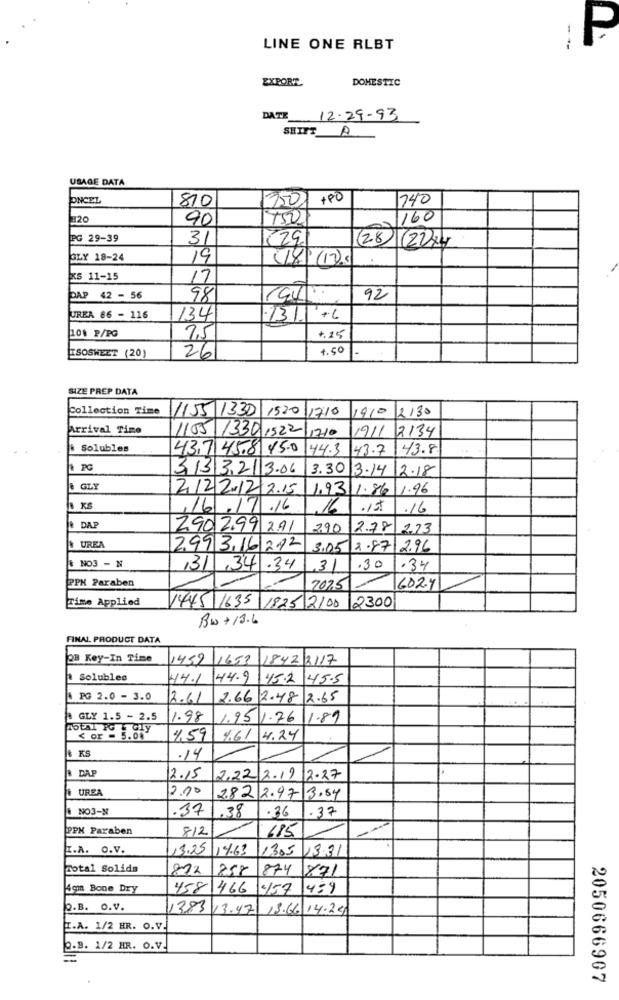
P
LINE ONE RLBT
--
EXPORT
DOMESTIC
DATE 12-29-93
SHIFT A
USAGE DATA
PINCEL
810
750
140
320
90
450
160
PG 29-39
31
(29)
(28
BLY 18-24
19
(18) (1)3
KS 11-15
17
PAP 42 - 56
98
92
UREA 66 - 116
134
13.11 +6
101 P/PG
7,5
+,25
ESOSWEET (20)
4.50
26
SIZE PREP DATA
Collection Time
1155 1330
1520
1210
1910
2130
Arrival Time
1105 1330 1522 17.10
1911
2134
* Solubles
437 45.8 45.0
144.3
43.7
43.8
3133213.06
3.30 3.14
2.18
& GLY
2.12/2.12 2.15
1.93 1.86
1.96
8 KS
,16
.17.16
,16
.15
.16
& DAP
2,90 2.99 2.91
2.90
2.78
2.73
UREA
2993.16/212
3.05
2.87
2.96
NO3 - N
/31 ,34.34
,31
.30
.34
PPK Paraben
7075
602.7
Time Applied
1445 1635
1825 2100
2300
BW +13.6
FINAL PRODUCT DATA
QB Key-In Time
1459
1653 1842 2117
Solubles
44.1
44.9 45.2
45.5
PG 2.0 - 3.0
2.61
2.66 2.48 2.65
@ GLY 1.5 - 2.5
1.98
1.95
1.76
1.89
< or - 5.6.
4,59
4.61
4.24
& KS
.14
DAP
2.15
2.22/2.19
12-27
UREA
2.00
2.82 2.97 3.84
NO3-N
.37
1.38
.36
.37
PPK Paraben
812
685
I.A. O.V.
13.25
14.63
1305
13.31
Total Solida
872
858
874
871
4cm Bone Dry
458 466
€157
459
2.B. O.v.
383
13.47
13.66
14.24
I.A. 1/2 HR. O.V.
Q.B. 1/2 HR. O.V.
2050666907